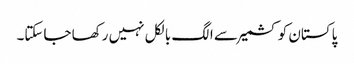
پاکستان کو کشمیر سے الگ بالکل نہیں رکھا جاسکتا۔